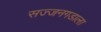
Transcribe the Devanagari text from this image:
सज्जनगडाला